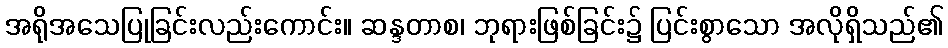
အရိုအသေပြုခြင်းလည်းကောင်း။ ဆန္ဒတာစ၊ ဘုရားဖြစ်ခြင်း၌ ပြင်းစွာသော အလိုရှိသည်၏